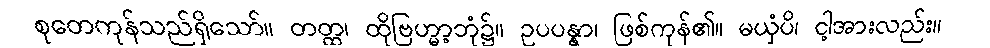
စုတေကုန်သည်ရှိသော်။ တတ္ထ၊ ထိုဗြဟ္မာ့ဘုံ၌။ ဥပပန္နာ၊ ဖြစ်ကုန်၏။ မယှံပိ၊ ငါ့အားလည်း။